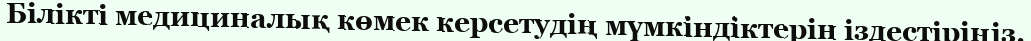
Білікті медициналық көмек керсетудің мүмкіндіктерін іздестіріңіз.